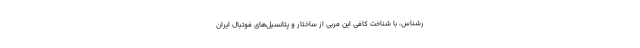
رشناس، با شناخت کافی این مربی از ساختار و پتانسیل‌های فوتبال ایران